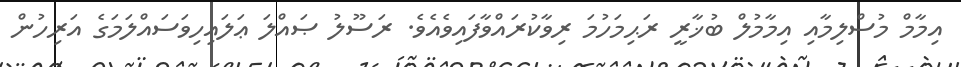
އިމާމް މުސްލިމާއި އިމާމުލް ބުޚާރީ ރަޙިމަހުމަ ރިވާކުރައްވާފައިވެއެވެ. ރަސޫލު ޞައްލަ ޢަލައިހިވަސައްލަމަގެ އަރިހުން